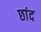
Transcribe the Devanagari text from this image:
छांद